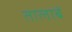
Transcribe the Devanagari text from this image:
तालाबें